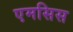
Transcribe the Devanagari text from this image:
एमसिस